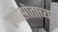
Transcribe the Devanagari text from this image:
उर्जास्रोताच्या